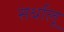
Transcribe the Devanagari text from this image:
सर्धालू